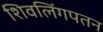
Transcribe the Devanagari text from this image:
शिवलिंगपतन